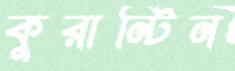
কুরান্টিন